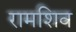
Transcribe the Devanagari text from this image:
रामशिव